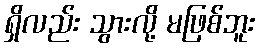
ရှိလည်း သွားလို့ မဖြစ်ဘူး